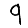
Digit: 9